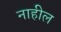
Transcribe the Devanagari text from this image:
नाहील